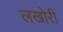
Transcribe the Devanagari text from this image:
लखोरी